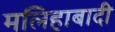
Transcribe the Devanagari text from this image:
मलिहाबादी